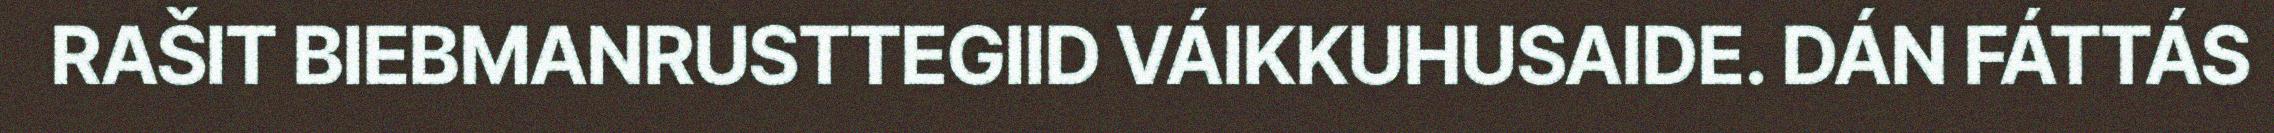
RAŠIT BIEBMANRUSTTEGIID VÁIKKUHUSAIDE. DÁN FÁTTÁS